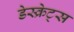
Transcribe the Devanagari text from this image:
डेस्क्रेट्स